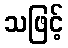
သဖြင့်